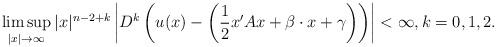
LaTeX: \begin{align*} \limsup _ { | x | \rightarrow \infty } | x | ^ { n - 2+k} \left| D^k\left( u ( x ) - \left( \frac { 1 } { 2 } x ^ { \prime } A x + \beta \cdot x + \gamma \right) \right) \right| < \infty,k=0,1,2. \end{align*}